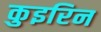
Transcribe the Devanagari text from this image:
कुइरिन